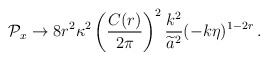
\begin{align*}{\cal P}_x \to 8r^2\kappa^2 \left( {C(r) \over 2\pi} \right)^2 {k^2\over\widetilde{a}^2} (-k\eta)^{1-2r} \, .\end{align*}